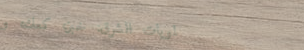
حلويات الشرق: خبز، كعك، و